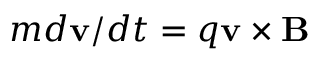
m d \mathbf { v } / d t = q \mathbf { v } \times \mathbf { B }